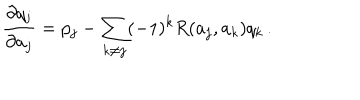
LaTeX: { \frac { \partial q _ { j } } { \partial a _ { j } } } = p _ { j } - \sum _ { k \neq j } ( - 1 ) ^ { k } R ( a _ { j } , a _ { k } ) q _ { k } \, .